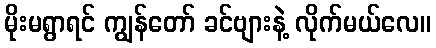
မိုးမရွာရင် ကျွန်တော် ခင်ဗျားနဲ့ လိုက်မယ်လေ။